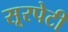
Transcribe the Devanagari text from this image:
सूरपेटी